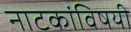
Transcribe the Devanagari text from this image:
नाटकांविषयी